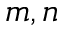
m , n